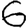
Digit: 6